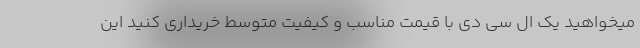
میخواهید یک ال سی دی با قیمت مناسب و کیفیت متوسط خریداری کنید این